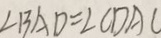
\angle B A D = \angle C D A C